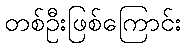
တစ်ဦးဖြစ်ကြောင်း